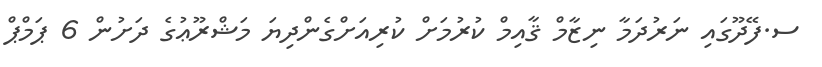
ސ.ފޭދޫގައި ނަރުދަމާ ނިޒާމް ޤާއިމް ކުރުމަށް ކުރިއަށްގެންދިޔަ މަޝްރޫޢުގެ ދަށުން 6 ޕަމްޕް